Vital statistics of India. Vol. V, Reports of 1876 on armies & jails and on epidemic cholera
Year: 1876
Disease focus: Cholera
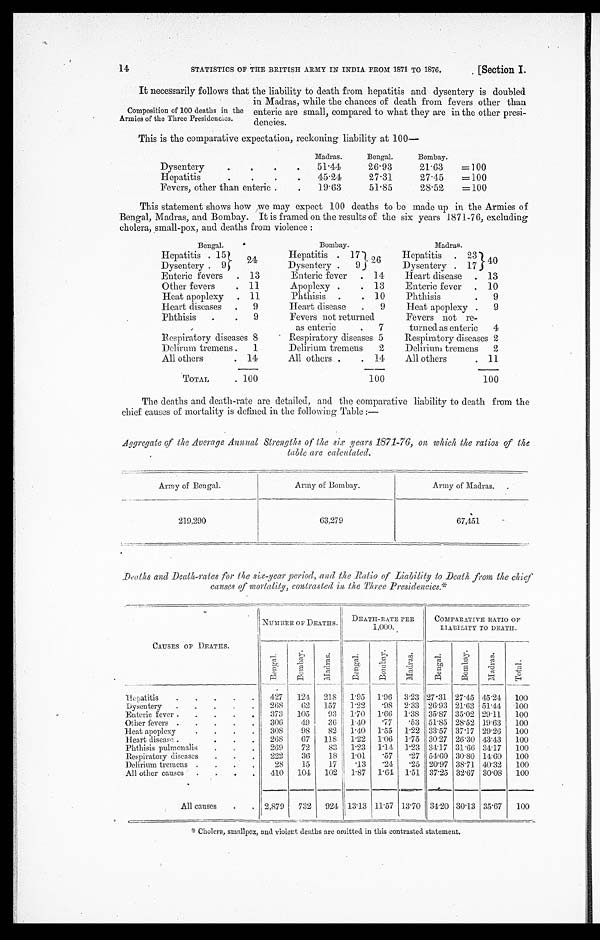
14
STATISTICS OF THE BRITISH ARMY IN INDIA. FROM 1871 TO 1876.
[Section I.
It necessarily follows that the liability to death from hepatitis and dysentery is doubled
in Madras, while the chances of death from fevers other than
enteric are small, compared to what they are in the other presi
-dencies.
This is the comparative expectation, reckoning liability at 100—
Madras.
Bengal.
Bombay.
Dysentery
51.44
26.93
21.63
=100
Hepatitis
45.24
27.31
27.45
=100
Fevers, other than enteric
19.63
51.85
28.52
=100
This statement shows how we may expect 100 deaths to be made up in the Armies of
Bengal, Madras, and Bombay, It is framed on the results of the six years 1871-76, excluding
cholera, small-pox, and deaths from violence :
Bengal.
B o m b a y .
Madras.
Hepatitis 15
2 4
Hepatitis. 17
2 6
Hepatitis
23 40
Dysentery. 9
Dysentery. 9
Dysentery. 17
Enteric fevers ,13
Enteric fever. 14
Heart disease. 13
Other fevers
11
Apoplexy
13
Enteric fever
10
Heat apoplexy .11
Phthisis
10
Phthisis
9
Heart diseases
9
Heart disease. 9
Heat apoplexy
9
Phthisis
9
Fevers not returned
as enteric
7
Fevers not re-
turned as enteric 4
Respiratory diseases 8
Respiratory diseases 5
Respiratory diseases 2
Dclirum. tremens . 1
Delirium tremens 2
Delirium tremens 2
All others
14
All others
1 4
All others
11
TOTAL. 100
100
1 0 0
The deaths and death-rate are detailed, and the comparative liability to death from the
chief causes of mortality is defined in the following Table:—
Aggregate of the Average Annual Strengths of the six years 1871-76), on which the ratios of the
table are calculated.
Army of Bengal.
Army of Bombay.
Army of Madras.
219,290
63,279
67,451
Deaths and Death-rates for the six-year period, and the Ratio of Liability to Death from the chief
causes cf mortality, contrasted in, the Three Presidencies.*
CAUSES OF DEATHS.
N U M B E R O F D E A T H S . DEATH-RATE PER 1,000. COMPARATIVE RATIO OF
LIABILITY TO DEATH.
Bengal .
Bombay.
Ma d r a s .
Bengal .
B o m b a y .
Ma dr a s . Bengal .
Bo mb a y .
Ma dr a s .
Tot al .
Heatitis
427 124 218 1.95 1.96
1 . 9 6
3.23 27 . 31 27.45 45.24 100
Dysentery
268
62 157 1.22
98 2.33 26.93 21.63 51.44 100
Enteric fever
373 105
93 1.70 1.66 1.38 35.87 35.02 29.11 100
Other fevers
306
49
36 1.40 .77 .53 51.85 28.52 19.63 100
Heat apoplexy
308 98
82 1.40 1.55 1.22 33.57 37.17 29.26 100
Heart disease
268
67 118 1.22 1.06 1.75 30.27 26.30 43.43 100
Phthisis pulmonalis
269
72
83 1.23 1.11 1.23 34.1.7 31.66 34.17 100
Respiratory diseases
222
36
18 1.01 .57 .27 54.60 30.80 11.60 100
Delirium tremens
28
15
17 .13 .24 .25 20.97 38.71 40.32 100
All other causes
410 104 102 1.87 1.64 1.51 37.25 32.67 30.08 100
All causes
2,879 732 924 13.13 11.57 18.70 34.20 30.13 35.67 1000
*Cholera, smallpox, and violent deaths are omitted in this contrasted statement.
Composition of 100 deaths in the
Armies of the Three Presidencies.